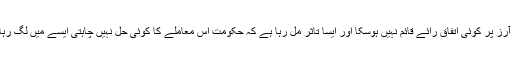
پالیمانی کمیٹی ابھی تک ناکام نظر آتی ہے ابھی تک ٹی او آرز پر کوئی اتفاق رائے قائم نہیں ہوسکا اور ایسا تاثر مل رہا ہے کہ حکومت اس معاملے کا کوئی حل نہیں چاہتی ایسے میں لگ رہا ہے کہ پاکستان ایک سیاسی بحران کی طرف بڑھ رہا ہے۔